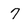
Character: 7